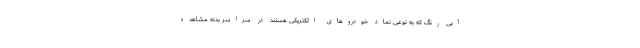
آبی رنگ که به نوعی نماد خودروهای الکتریکی هستند در سراسر بدنه مشاهده